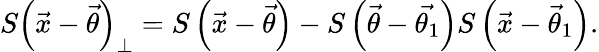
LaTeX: S\left(\vec{x}-\vec{\theta}\right)_{\perp}=S\left(\vec{x}-\vec{\theta}\right)-S\left(\vec{\theta}-\vec{\theta_{1}}\right)S\left(\vec{x}-\vec{\theta}_{1}\right).